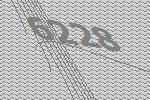
6228